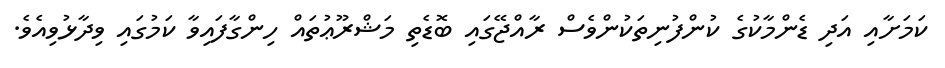
ކަމަށާއި އަދި ޑެންމާކުގެ ކުންފުނިތަކުންވެސް ރާއްޖޭގައި ބޮޑެތި މަޝްރޫޢުތައް ހިންގާފައިވާ ކަމުގައި ވިދާޅުވިއެވެ.